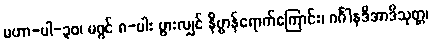
မဟာ-ပါ-၃၀၊ မဂ္ဂင် ၈-ပါး ပွားလျှင် နိဗ္ဗာန်ရောက်ကြောင်း၊ ဂင်္ဂါနဒီအာဒိသုတ္တ၊